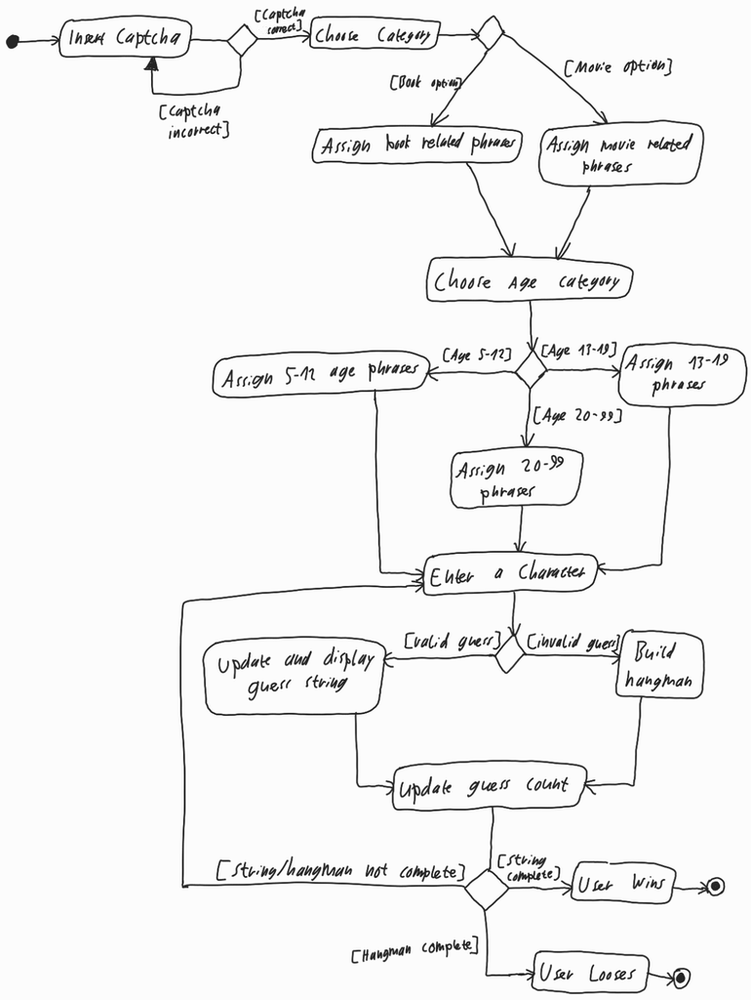
Diagram type: activity_diagram
```plantuml
@startuml

start

repeat:Insert Captcha;
repeat while () is ([Captcha incorrect]) not ([Captcha correct])

:Choose Category;

if () then ([Book option])
  :Assign book related phrases;
else ([Movie option])
  :Assign movie related phrases;
endif

:Choose Age Category;

switch ()
  case ([Age 5-12])
    :Assign 5-12 age phrases;

  case ([Age 20-99])
    :Assign 20-99 phrases;

  case ([Age 13-19])
    :Assign 13-19 phrases;
endswitch

repeat:Enter a Character;
  if () then ([valid guess])
    :Update and display guess string;
  else ([invalid guess])
    :Build hangman;
  endif

  :Update guess count;
repeat while () is ([String/hangman not complete])

if () then ([String complete])
  :User Wins;
  stop
else ([Hangman complete])
  :User Looses;
  stop
endif

@enduml
```